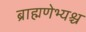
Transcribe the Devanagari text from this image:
ब्राह्मणेभ्यश्च